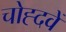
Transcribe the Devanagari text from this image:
चोह्दवें